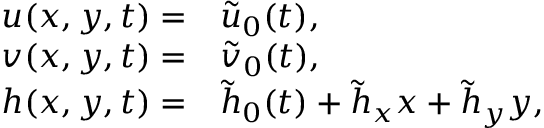
\begin{array} { r l } { { u } ( x , y , t ) = } & { { } \tilde { u } _ { 0 } ( t ) , } \\ { { v } ( x , y , t ) = } & { { } \tilde { v } _ { 0 } ( t ) , } \\ { { h } ( x , y , t ) = } & { { } \tilde { h } _ { 0 } ( t ) + \tilde { h } _ { x } x + \tilde { h } _ { y } y , } \end{array}